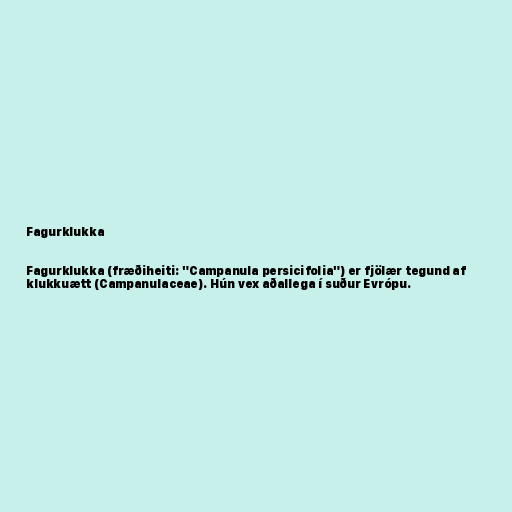
Fagurklukka

Fagurklukka (fræðiheiti: "Campanula persicifolia") er fjölær tegund af
klukkuætt (Campanulaceae). Hún vex aðallega í suður Evrópu.